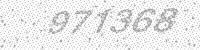
Solution: 971368